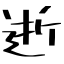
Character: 逝